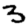
Digit: 3